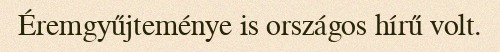
Éremgyűjteménye is országos hírű volt.